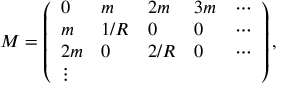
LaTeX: { \cal M } = \left( \begin{array} { l l l l l } { { 0 } } & { { m } } & { { 2 m } } & { { 3 m } } & { { \cdots } } \\ { { m } } & { { 1 / R } } & { { 0 } } & { { 0 } } & { { \cdots } } \\ { { 2 m } } & { { 0 } } & { { 2 / R } } & { { 0 } } & { { \cdots } } \\ { { \vdots } } \end{array} \right) ,